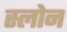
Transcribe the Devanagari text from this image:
स्‍लोन